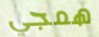
همجي